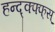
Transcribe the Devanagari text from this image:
हन्द्क्फ्फ्स्